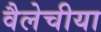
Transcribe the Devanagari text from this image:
वैलेचीया